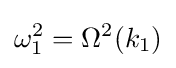
\omega _{1}^{2}=\Omega ^{2}(k_{1})